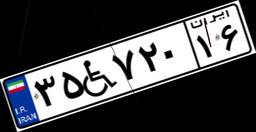
۳۵W۷۲۰۱۶